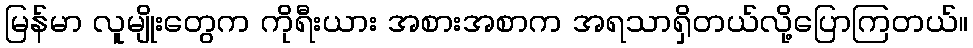
မြန်မာ လူမျိုးတွေက ကိုရီးယား အစားအစာက အရသာရှိတယ်လို့ပြောကြတယ်။